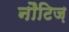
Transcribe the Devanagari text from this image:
नौटिज़